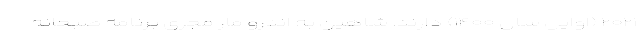
۲۰۲۱ (اوایل سال ۱۴۰۰) دارند. شاهین به اندرو مار مجری برنامه صبحانه